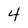
Character: 4